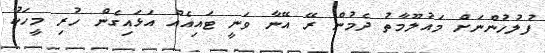
ފުލުހުންނަށް މައުލޫމާތު ދެމުން ރޭ އޭނާ ވަނީ ޓައިއެއް އަޅައިގެން ހުރި މީހަކު